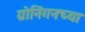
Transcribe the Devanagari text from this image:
ग्रोनिंगनच्या